Juri_Uluots, lk 10
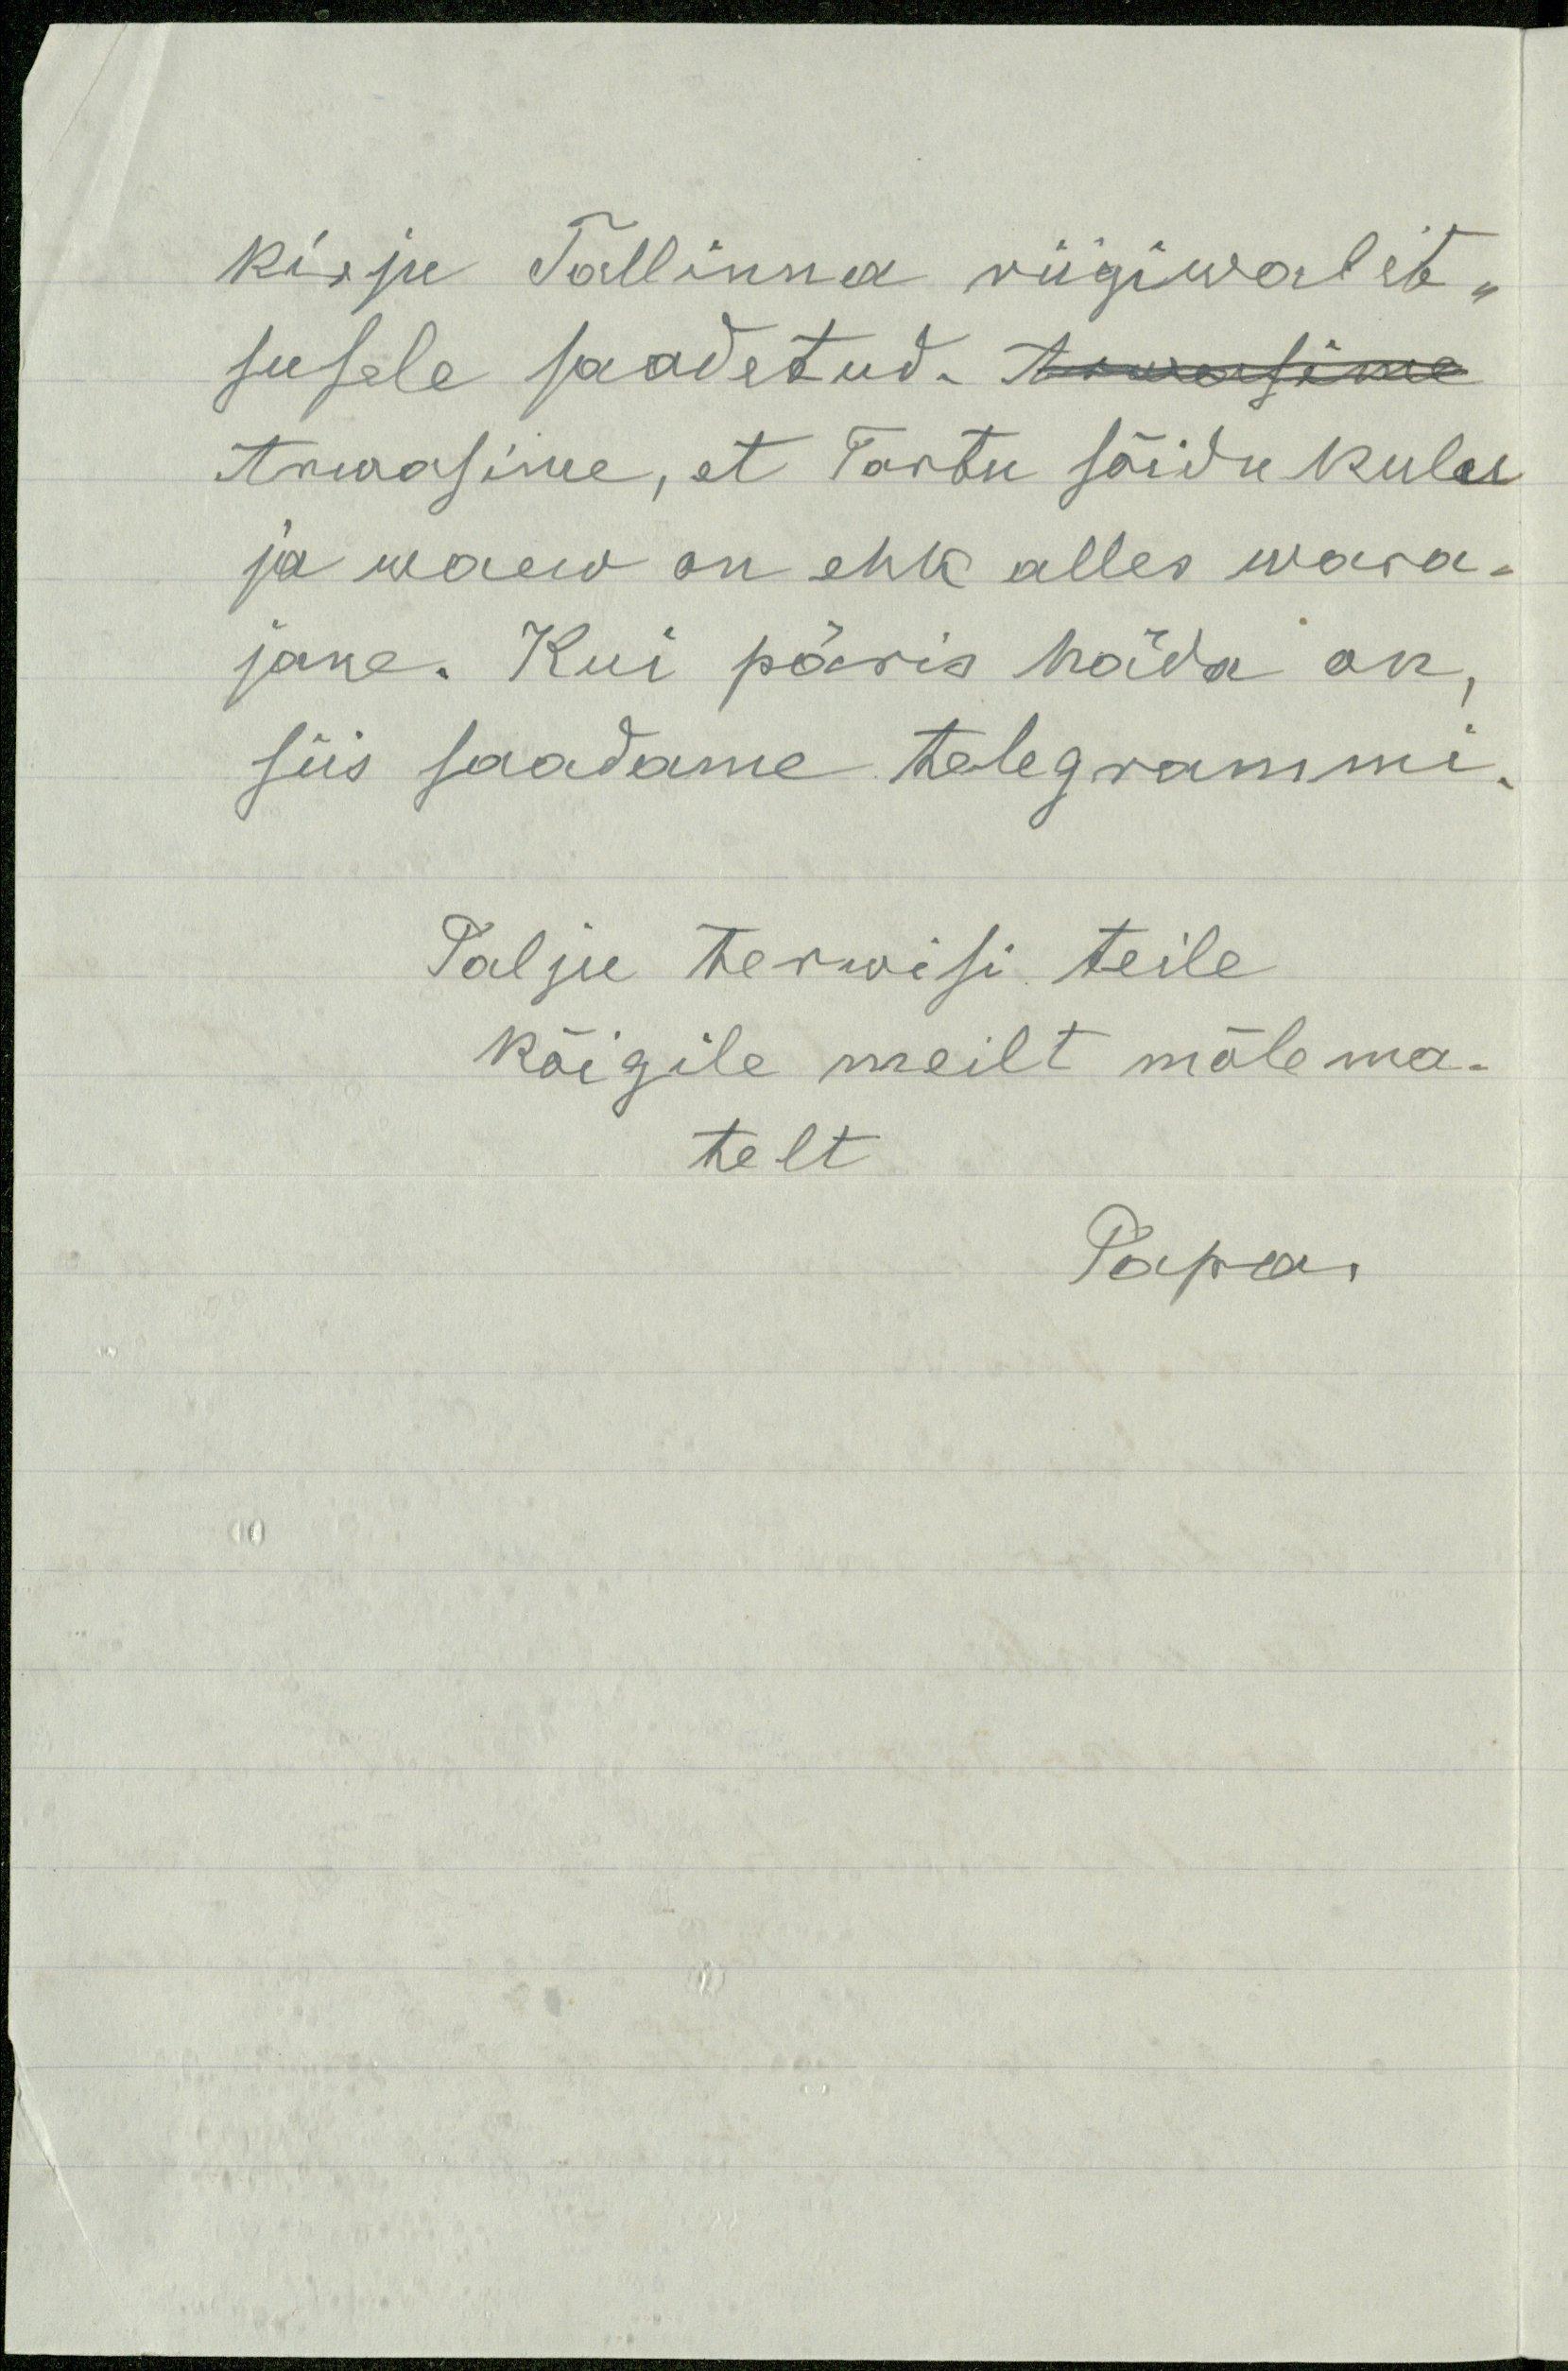
kirju Tallinna riigiwalit-
susele saadetud. Arwasime
Arwasime, et Tartu sõidu kulu
ja waew on ehk alles wara-
jane. Kui päris häda on,
siis saadame telegrammi.
Palju terwisi teile
kõigile meilt mõle ma-
telt
Papa,